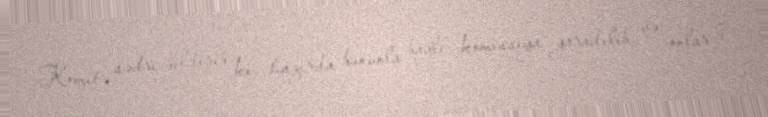
Komitə sədri bildirib ki, hazırda bununla bağlı komissiya yaradılıb və onlar 7